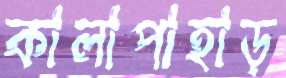
কালাপাহাড়